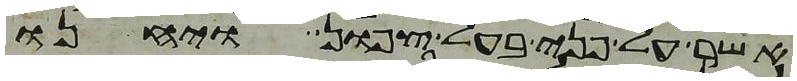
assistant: אשר לפני בעל צפון ויחנו